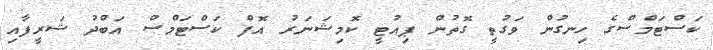
ކަސްޓަމްސްގެ ހިނގުން ވަގުތީ ގޮތުން ޕިއުޓީ ކޮމިޝަނަރު އޮފް ކަސްޓަމްސް އަބްދު ޝަރީފާއި